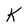
Character: K